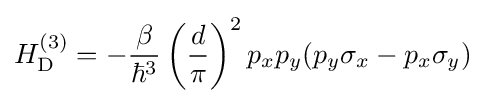
H_{\rm {D}}^{(3)}=-{\frac {\beta }{\hbar ^{3}}}\left({\frac {d}{\pi }}\right)^{2}p_{x}p_{y}(p_{y}\sigma _{x}-p_{x}\sigma _{y})